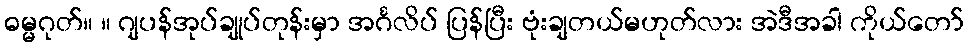
ဓမ္မဂုတ်။ ။ ဂျပန်အုပ်ချုပ်တုန်းမှာ အင်္ဂလိပ် ပြန်ပြီး ဗုံးချတယ်မဟုတ်လား အဲဒီအခါ ကိုယ်တော်